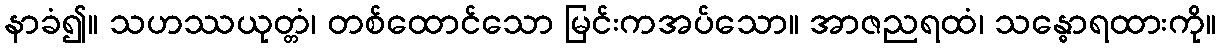
နာခံ၍။ သဟဿယုတ္တံ၊ တစ်ထောင်သော မြင်းကအပ်သော။ အာဇညရထံ၊ သန္ဓောရထားကို။